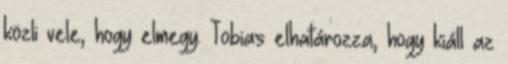
közli vele, hogy elmegy. Tobias elhatározza, hogy kiáll az